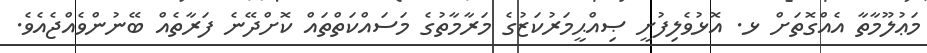
މަޢުލޫމާތާ އެއްގޮތަށް ޅ. އޮޅުވެލިފުށީ ޞިއްޙީމަރުކަޒުގެ މަރާމާތުގެ މަސައްކަތްތައް ކޮށްދޭނެ ފަރާތެއް ބޭނުންވެއްޖެއެވެ.